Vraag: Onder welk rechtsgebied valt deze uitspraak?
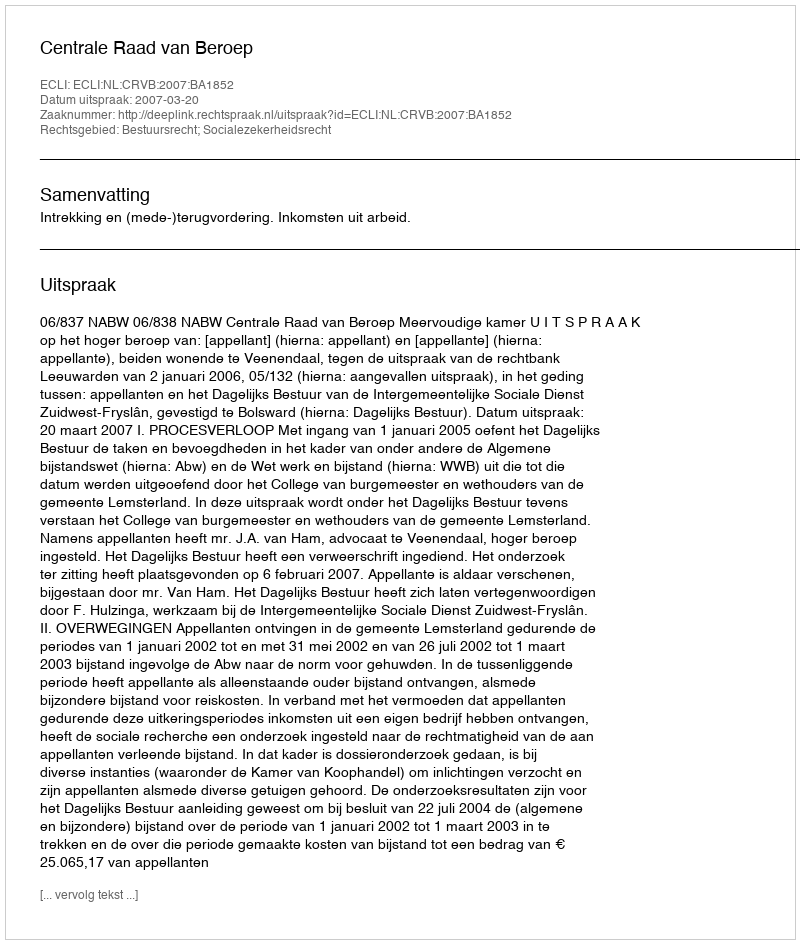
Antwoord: Bestuursrecht; Socialezekerheidsrecht